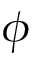
\phi